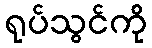
ရုပ်သွင်ကို